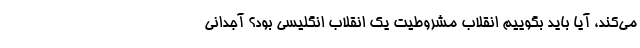
می‌کند، آیا باید بگوییم انقلاب مشروطیت یک انقلاب انگلیسی بود؟ آجدانی